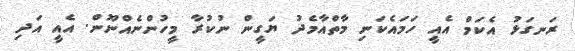
ރަނގަޅު އެކަމް އެއީ ހަމައެކަނި މާތްއާމެދު ޔަގީން ނުކުރާ މީހުންނެއްނޫން. އެއީ އަދި